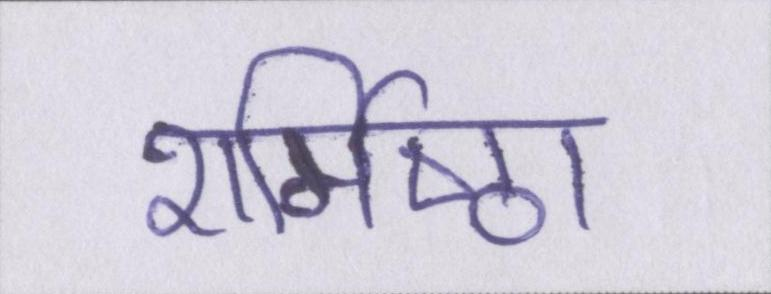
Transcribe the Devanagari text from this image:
शर्मिष्ठा